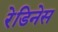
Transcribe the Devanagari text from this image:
रेडिनेस